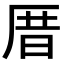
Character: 厝